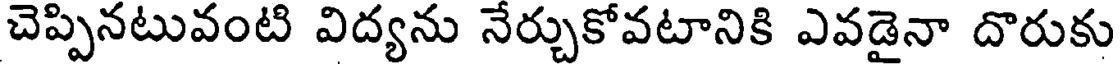
చెప్పినటువంటి విద్యను నేర్చుకోవటానికి ఎవడైనా దొరుకు